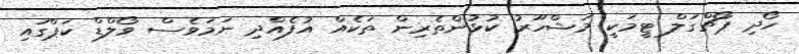
ހޯދި ޕޯޗްގަލް ޓީމަކީ މަޝްހޫރު ކުޅުންތެރިން ތަކެއް އުފެއްދި ނަމަވެސް ވޯލްޑް ކަޕްގައި